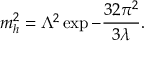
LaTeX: m _ { h } ^ { 2 } = \Lambda ^ { 2 } \exp - { \frac { 3 2 \pi ^ { 2 } } { 3 \lambda } } .